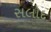
સલોદ